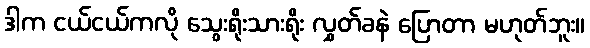
ဒါက ငယ်ငယ်ကလို သွေးရိုးသားရိုး လွှတ်ခနဲ ပြောတာ မဟုတ်ဘူး။